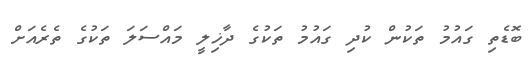
ބޮޑެތި ގައުމު ތަކުން ކުދި ގައުމު ތަކުގެ ދާޚިލީ މައްސަލަ ތަކުގެ ތެރެއަށް